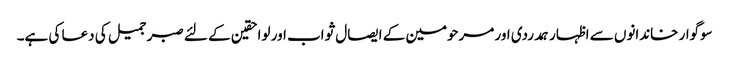
سوگوار خاندانوں سے اظہار ہمدردی اور مرحومین کے ایصال ثواب اور لواحقین کے لئے صبر جمیل کی دعا کی ہے۔